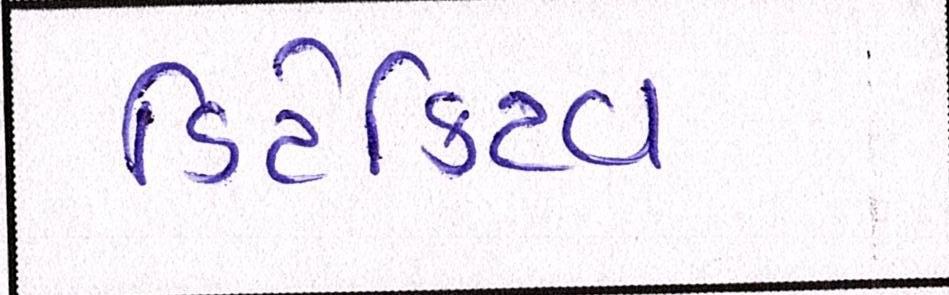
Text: ડિટેક્ટિવ